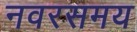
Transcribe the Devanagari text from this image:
नवरसमय